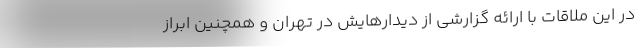
در این ملاقات با ارائه گزارشی از دیدارهایش در تهران و همچنین ابراز